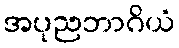
အပုညဘာဂိယံ